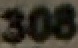
306